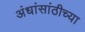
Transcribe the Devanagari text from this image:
अंधांसांठीच्या